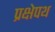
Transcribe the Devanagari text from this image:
प्रक्षेपथ